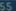
ssssss